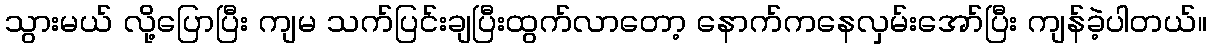
သွားမယ် လို့ပြောပြီး ကျမ သက်ပြင်းချပြီးထွက်လာတော့ နောက်ကနေလှမ်းအော်ပြီး ကျန်ခဲ့ပါတယ်။